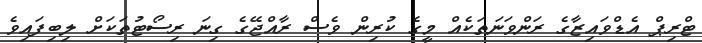
ޓްރިޕް އެޑްވައިޒާގެ ރަންވަނަތަކެއް މީގެ ކުރިން ވެސް ރާއްޖޭގެ ގިނަ ރިސޯޓުތަކަށް ލިބިފައިވެ